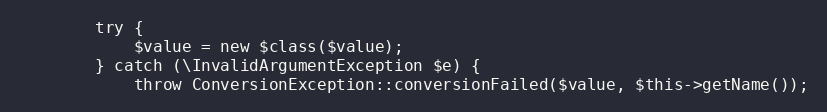
Language: PHP
        try {
            $value = new $class($value);
        } catch (\InvalidArgumentException $e) {
            throw ConversionException::conversionFailed($value, $this->getName());